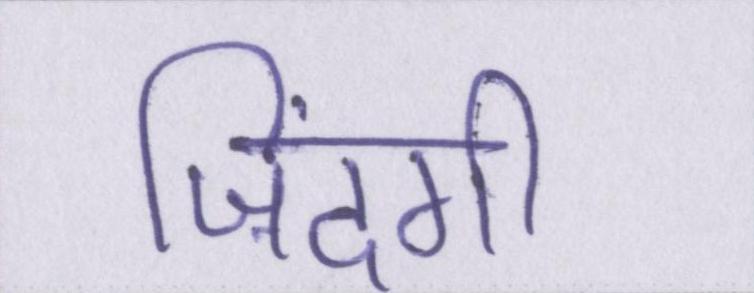
ज़िंदगी